Annual report of the Punjab Veterinary College and of the Civil Veterinary Department, Punjab - 1920-1925
Year: 1920
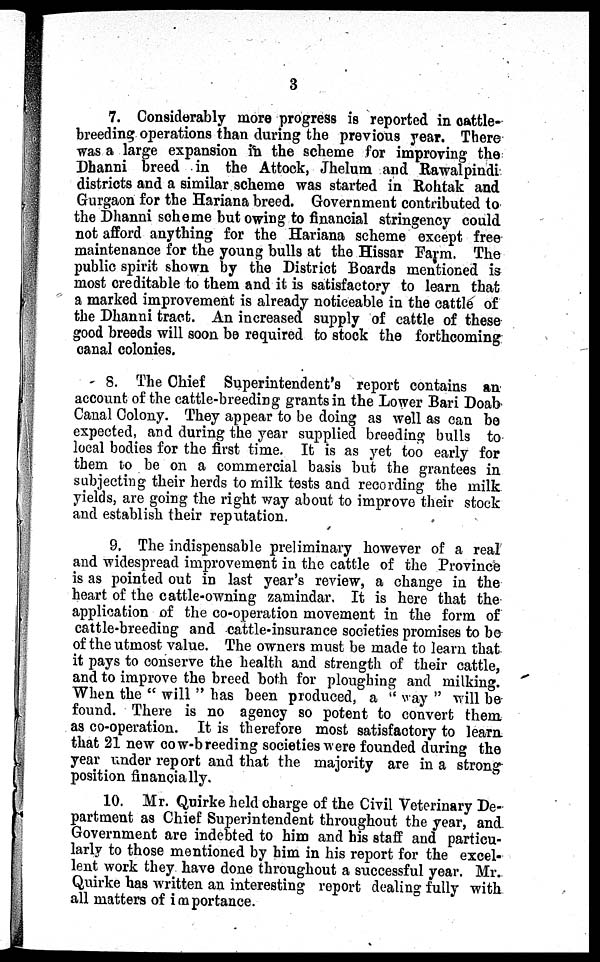
3
7. Considerably more progress is reported in cattle-
breeding operations than during the previous year. There
was a large expansion in the scheme for improving the
Dhanni breed in the Attock, Jhelum and Rawalpindi
districts and a similar scheme was started in Rohtak and
Gurgaon for the Hariana breed. Government contributed to
the Dhanni scheme but owing to financial stringency could
not afford anything for the Hariana scheme except free
maintenance for the young bulls at the Hissar Farm. The
public spirit shown by the District Boards mentioned is
most creditable to them and it is satisfactory to learn that
a marked improvement is already noticeable in the cattle of
the Dhanni tract. An increased supply of cattle of these
good breeds will soon be required to stock the forthcoming
canal colonies.
8. The Chief Superintendent's report contains an
account of the cattle-breeding grants in the Lower Bari Doab
Canal Colony. They appear to be doing as well as can be
expected, and during the year supplied breeding bulls to
local bodies for the first time. It is as yet too early for
them to be on a commercial basis but the grantees in
subjecting their herds to milk tests and recording the milk
yields, are going the right way about to improve their stock
and establish their reputation.
9. The indispensable preliminary however of a real
and widespread improvement in the cattle of the Province
is as pointed out in last year's review, a change in the
heart of the cattle-owning zamindar. It is here that the
application of the co-operation movement in the form of
cattle-breeding and cattle-insurance societies promises to be
of the utmost value. The owners must be made to learn that
it pays to conserve the health and strength of their cattle,
and to improve the breed both for ploughing and milking.
When the "will" has been produced, a " way " will be
found. There is no agency so potent to convert them
as co-operation. It is therefore most satisfactory to learn
that 21 new cow-breeding societies were founded during the
year under report and that the majority are in a strong
position financially.
10. Mr. Quirke held charge of the Civil Veterinary De-
partment as Chief Superintendent throughout the year, and
Government are indebted to him and his staff and particu-
larly to those mentioned by him in his report for the excel-
lent work they have done throughout a successful year. Mr.
Quirke has written an interesting report dealing fully with
all matters of importance.